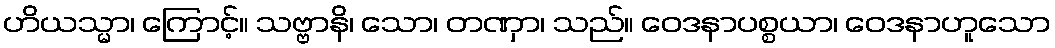
ဟိယသ္မာ၊ ကြောင့်။ သဗ္ဗာနိ၊ သော၊ တဏှာ၊ သည်။ ဝေဒနာပစ္စယာ၊ ဝေဒနာဟူသော